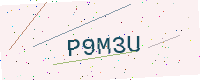
Text: P9M3U